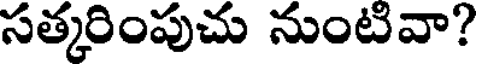
సత్కరింపుచు నుంటివా?